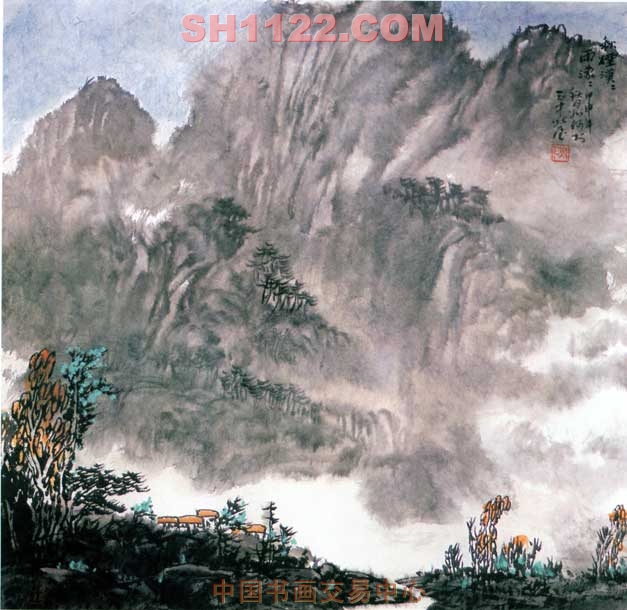
十二峰头秋草荒，冷烟寒月过瞿塘。